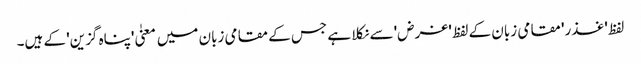
لفظ 'غذر' مقامی زبان کے لفظ 'غرض' سے نکلا ہے جس کے مقامی زبان میں معنیٰ 'پناہ گزین' کے ہیں۔